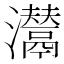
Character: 𤄵